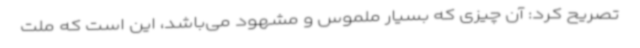
تصریح کرد: آن چیزی که بسیار ملموس و مشهود می‌باشد، این است که ملت